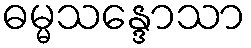
ဓမ္မသန္ဒောသာ